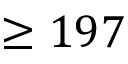
\geq 1 9 7